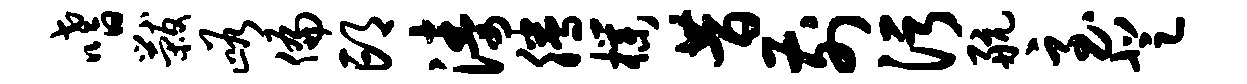
嗜黻峪偏邙涛腾朴昔前污航至登